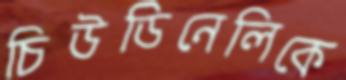
চিউডিনেলিকে